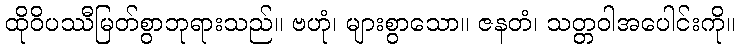
ထိုဝိပဿီမြတ်စွာဘုရားသည်။ ဗဟုံ၊ များစွာသော။ ဇနတံ၊ သတ္တဝါအပေါင်းကို။